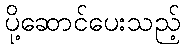
ပို့ဆောင်ပေးသည့်